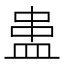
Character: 𰤻